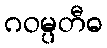
ဂဝမ္ပတီဓ